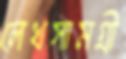
লেখসামগ্রী